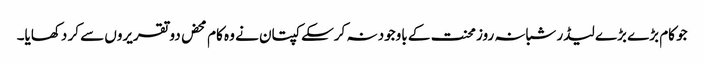
جو کام بڑے بڑے لیڈر شبانہ روز محنت کے باوجود نہ کرسکے کپتان نے وہ کام محض دو تقریروں سے کر دکھایا۔